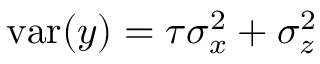
\mathrm { v a r } ( y ) = \tau \sigma _ { x } ^ { 2 } + \sigma _ { z } ^ { 2 }